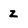
Character: z